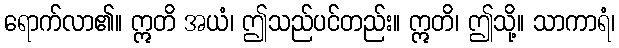
ရောက်လာ၏။ ဣတိ အယံ၊ ဤသည်ပင်တည်း။ ဣတိ၊ ဤသို့။ သာကာရံ၊